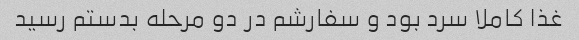
غذا کاملا سرد بود و سفارشم در دو مرحله بدستم رسید